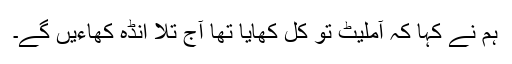
ہم نے کہا کہ آملیٹ تو کل کھایا تھا آج تلا انڈہ کھاءیں گے۔